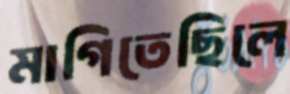
মাগিতেছিলে